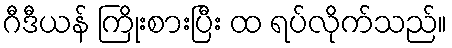
ဂီဒီယန် ကြိုးစားပြီး ထ ရပ်လိုက်သည်။